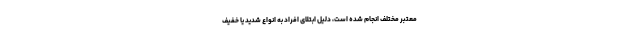
معتبر مختلف انجام شده است، دلیل ابتلای افراد به انواع شدید یا خفیف